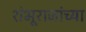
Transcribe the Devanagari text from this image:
शंभूराजांच्या